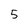
Character: 5